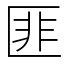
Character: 匪